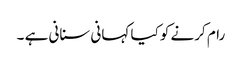
رام کرنے کو کیا کہانی سنانی ہے ۔